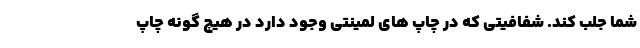
شما جلب کند. شفافیتی که در چاپ های لمینتی وجود دارد در هیچ گونه چاپ